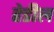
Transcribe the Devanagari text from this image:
हेडील